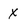
Character: X